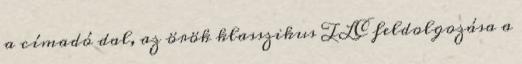
a címadó dal, az örök klasszikus TLC feldolgozása a